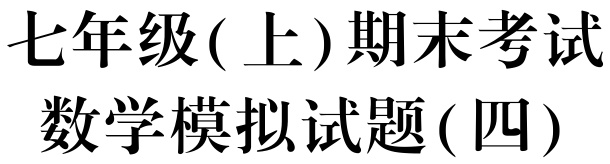
七年级( 上)期末考试
数学模拟试题( 四)